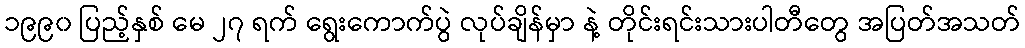
၁၉၉၀ ပြည့်နှစ် မေ ၂၇ ရက် ရွေးကောက်ပွဲ လုပ်ချိန်မှာ နဲ့ တိုင်းရင်းသားပါတီတွေ အပြတ်အသတ်